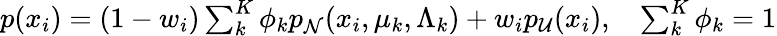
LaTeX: \begin{array}{r}{p(x_{i})=(1-w_{i})\sum_{k}^{K}\phi_{k}p_{\mathcal N}(x_{i},\mu_{k},\Lambda_{k})+w_{i}p_{\mathcal{U}}(x_{i}),~~~\sum_{k}^{K}\phi_{k}=1}\end{array}